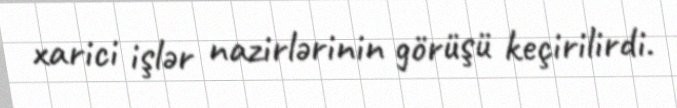
xarici işlər nazirlərinin görüşü keçirilirdi.